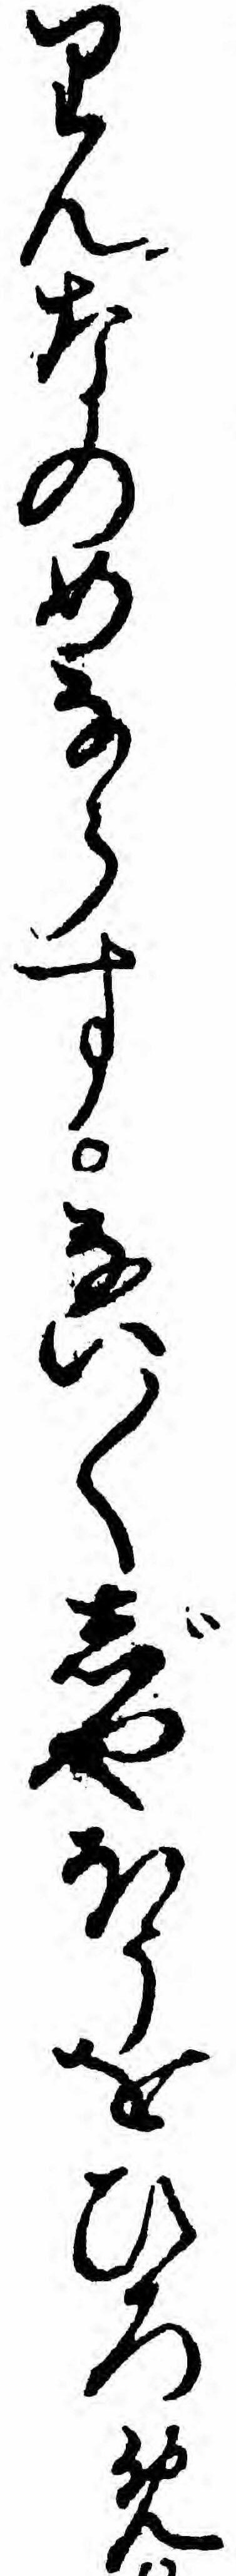
りんなのめならすない〱じやほうをひろめ